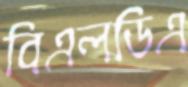
বিএলডিএ